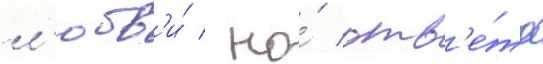
л'юбв'и́ / но́ отв'е́та